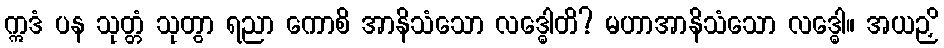
ဣဒံ ပန သုတ္တံ သုတွာ ရညာ ကောစိ အာနိသံသော လဒ္ဓေါတိ? မဟာအာနိသံသော လဒ္ဓေါ။ အယဉှိ